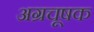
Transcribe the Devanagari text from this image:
अग्रचूषक